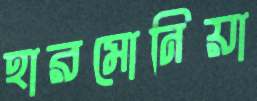
হারমোনিয়া